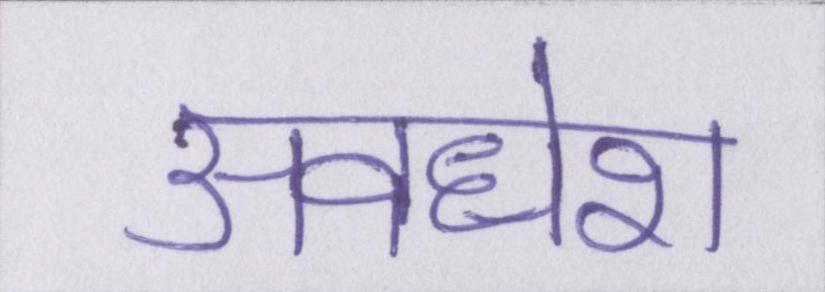
अवधेश